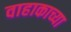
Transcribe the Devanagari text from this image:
वाहाकाच्या